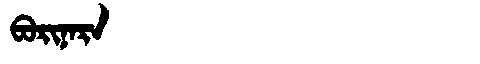
Manchu: ᠪᠣᡵᡳᠨᠠᡵᠠ
Romanization: BORINARA